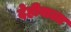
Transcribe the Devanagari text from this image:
देहीवाला